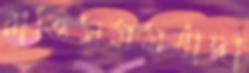
রাত্তিসমমর্যাদা